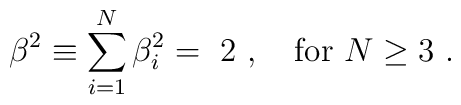
\beta^2 \equiv \sum_{i=1}^N {\beta}^2_i = \ 2 \ , ~~~ {\rm for} \ N \ge 3 \ .